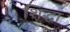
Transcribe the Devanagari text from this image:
शिद्धा